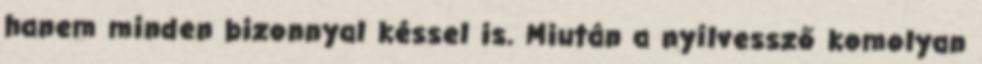
hanem minden bizonnyal késsel is. Miután a nyílvessző komolyan